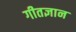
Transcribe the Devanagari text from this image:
गीतज्ञान